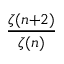
\textstyle { \frac { \zeta ( n + 2 ) } { \zeta ( n ) } }